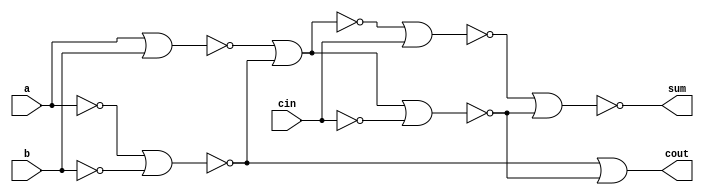
/*
Full Adder NOR
*/


module fullAdderNOR(a, b, cin, sum, cout);

input a, b, cin;
output sum, cout;

wire [10:1]w;


// Gate Level Modelling

nor n1(w[1], a, b);
nor n2(w[2], a, a);
nor n3(w[3], b, b);
nor n4(w[4], w[2], w[3]);
nor n5(w[5], w[1], w[4]);
nor n6(w[6], w[5], cin);
nor n7(w[7], w[5], w[5]);
nor n8(w[8], cin, cin);
nor n9(w[9], w[7], w[8]);
nor n10(w[10], w[4], w[9]);
nor n11(cout, w[10], w[10]);
nor n12(sum, w[6], w[9]);

/*
nor n1(w1, a, b);
nor n2(w2, a, a);
nor n3(w3, b, b);
nor n4(w4, w2, w3);
nor n5(w5, w1, w4);
nor n6(w6, w5, cin);
nor n7(w7, w5, w5);
nor n8(w8, cin, cin);
nor n9(w9, w7, w8);
nor n10(w10, w4, w9);
nor n11(cout, w10, w10);
nor n12(sum, w5, w9);
*/
endmodule